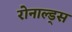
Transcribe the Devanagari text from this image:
रोनाल्ड्स